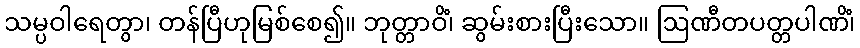
သမ္ပဝါရေတွာ၊ တန်ပြီဟုမြစ်စေ၍။ ဘုတ္တာဝိံ၊ ဆွမ်းစားပြီးသော။ ဩဏီတပတ္တပါဏိံ၊